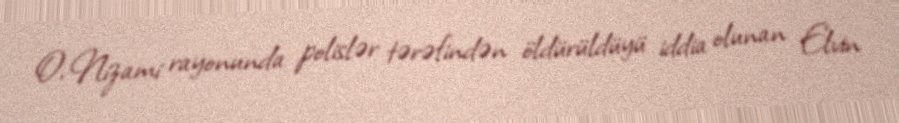
O, Nizami rayonunda polislər tərəfindən öldürüldüyü iddia olunan Elvin